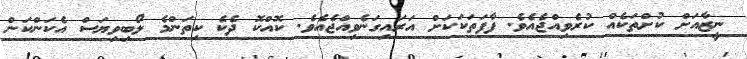
ނީޒާއަށް ކުށްތަކެއް ކުރެވިއްޖެއެވެ. ފާފަތަކަކަށް އަރައިގަނެވިއްޖެއެވެ. ކޮއްކޮ ދެކެ ކިތަންމެ ލޯބިވިޔަސް އެކަންކަން